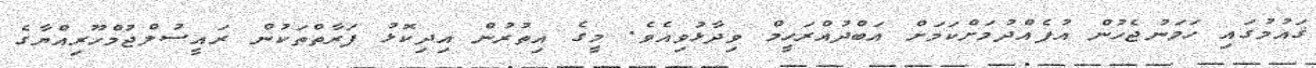
ޤައުމުގައި ހަމަނުޖެހުން އުފެއްދުމަށްކަމަށް އަބްދުއްރަހީމް ވިދާޅުވިއެވެ. މީގެ އިތުރުން އިދިކޮޅު ފަރާތްތަކުން ރައީސުލްޖުމްހޫރިއްޔާގެ